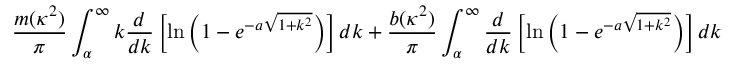
\frac { m ( \kappa ^ { 2 } ) } { \pi } \int _ { \alpha } ^ { \infty } k \frac { d } { d k } \left[ \ln \left( 1 - e ^ { - a \sqrt { 1 + k ^ { 2 } } } \right) \right] d k + \frac { b ( \kappa ^ { 2 } ) } { \pi } \int _ { \alpha } ^ { \infty } \frac { d } { d k } \left[ \ln \left( 1 - e ^ { - a \sqrt { 1 + k ^ { 2 } } } \right) \right] d k